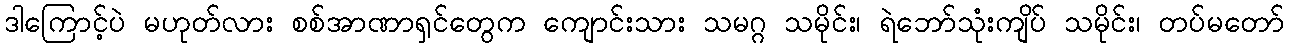
ဒါကြောင့်ပဲ မဟုတ်လား စစ်အာဏာရှင်တွေက ကျောင်းသား သမဂ္ဂ သမိုင်း၊ ရဲဘော်သုံးကျိပ် သမိုင်း၊ တပ်မတော်